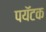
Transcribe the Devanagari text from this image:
पयॅटक